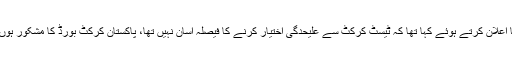
یاد رہے کہ گزشتہ ماہ محمد عامر نے ٹیسٹ کرکٹ سے ریٹائرمنٹ کا اعلان کرتے ہوئے کہا تھا کہ ٹیسٹ کرکٹ سے علیحدگی اختیار کرنے کا فیصلہ آسان نہیں تھا، پاکستان کرکٹ بورڈ کا مشکور ہوں جنہوں نے مجھے اپنے سینے پر گولڈن اسٹار لوگو لگانے کا موقع دیا۔